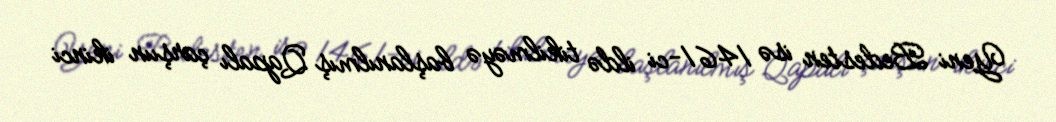
Yeni Bedesten isə 1461-ci ildə tikilməyə başlanılmış Qapalı çarşıın ikinci